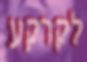
לקרקע